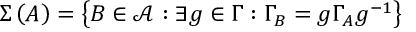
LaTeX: \Sigma \left( A \right) = \left\{ B \in \mathcal { A } : \exists g \in \Gamma : \Gamma _ { B } = g \Gamma _ { A } g ^ { - 1 } \right\}